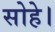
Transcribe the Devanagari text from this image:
सोहे।